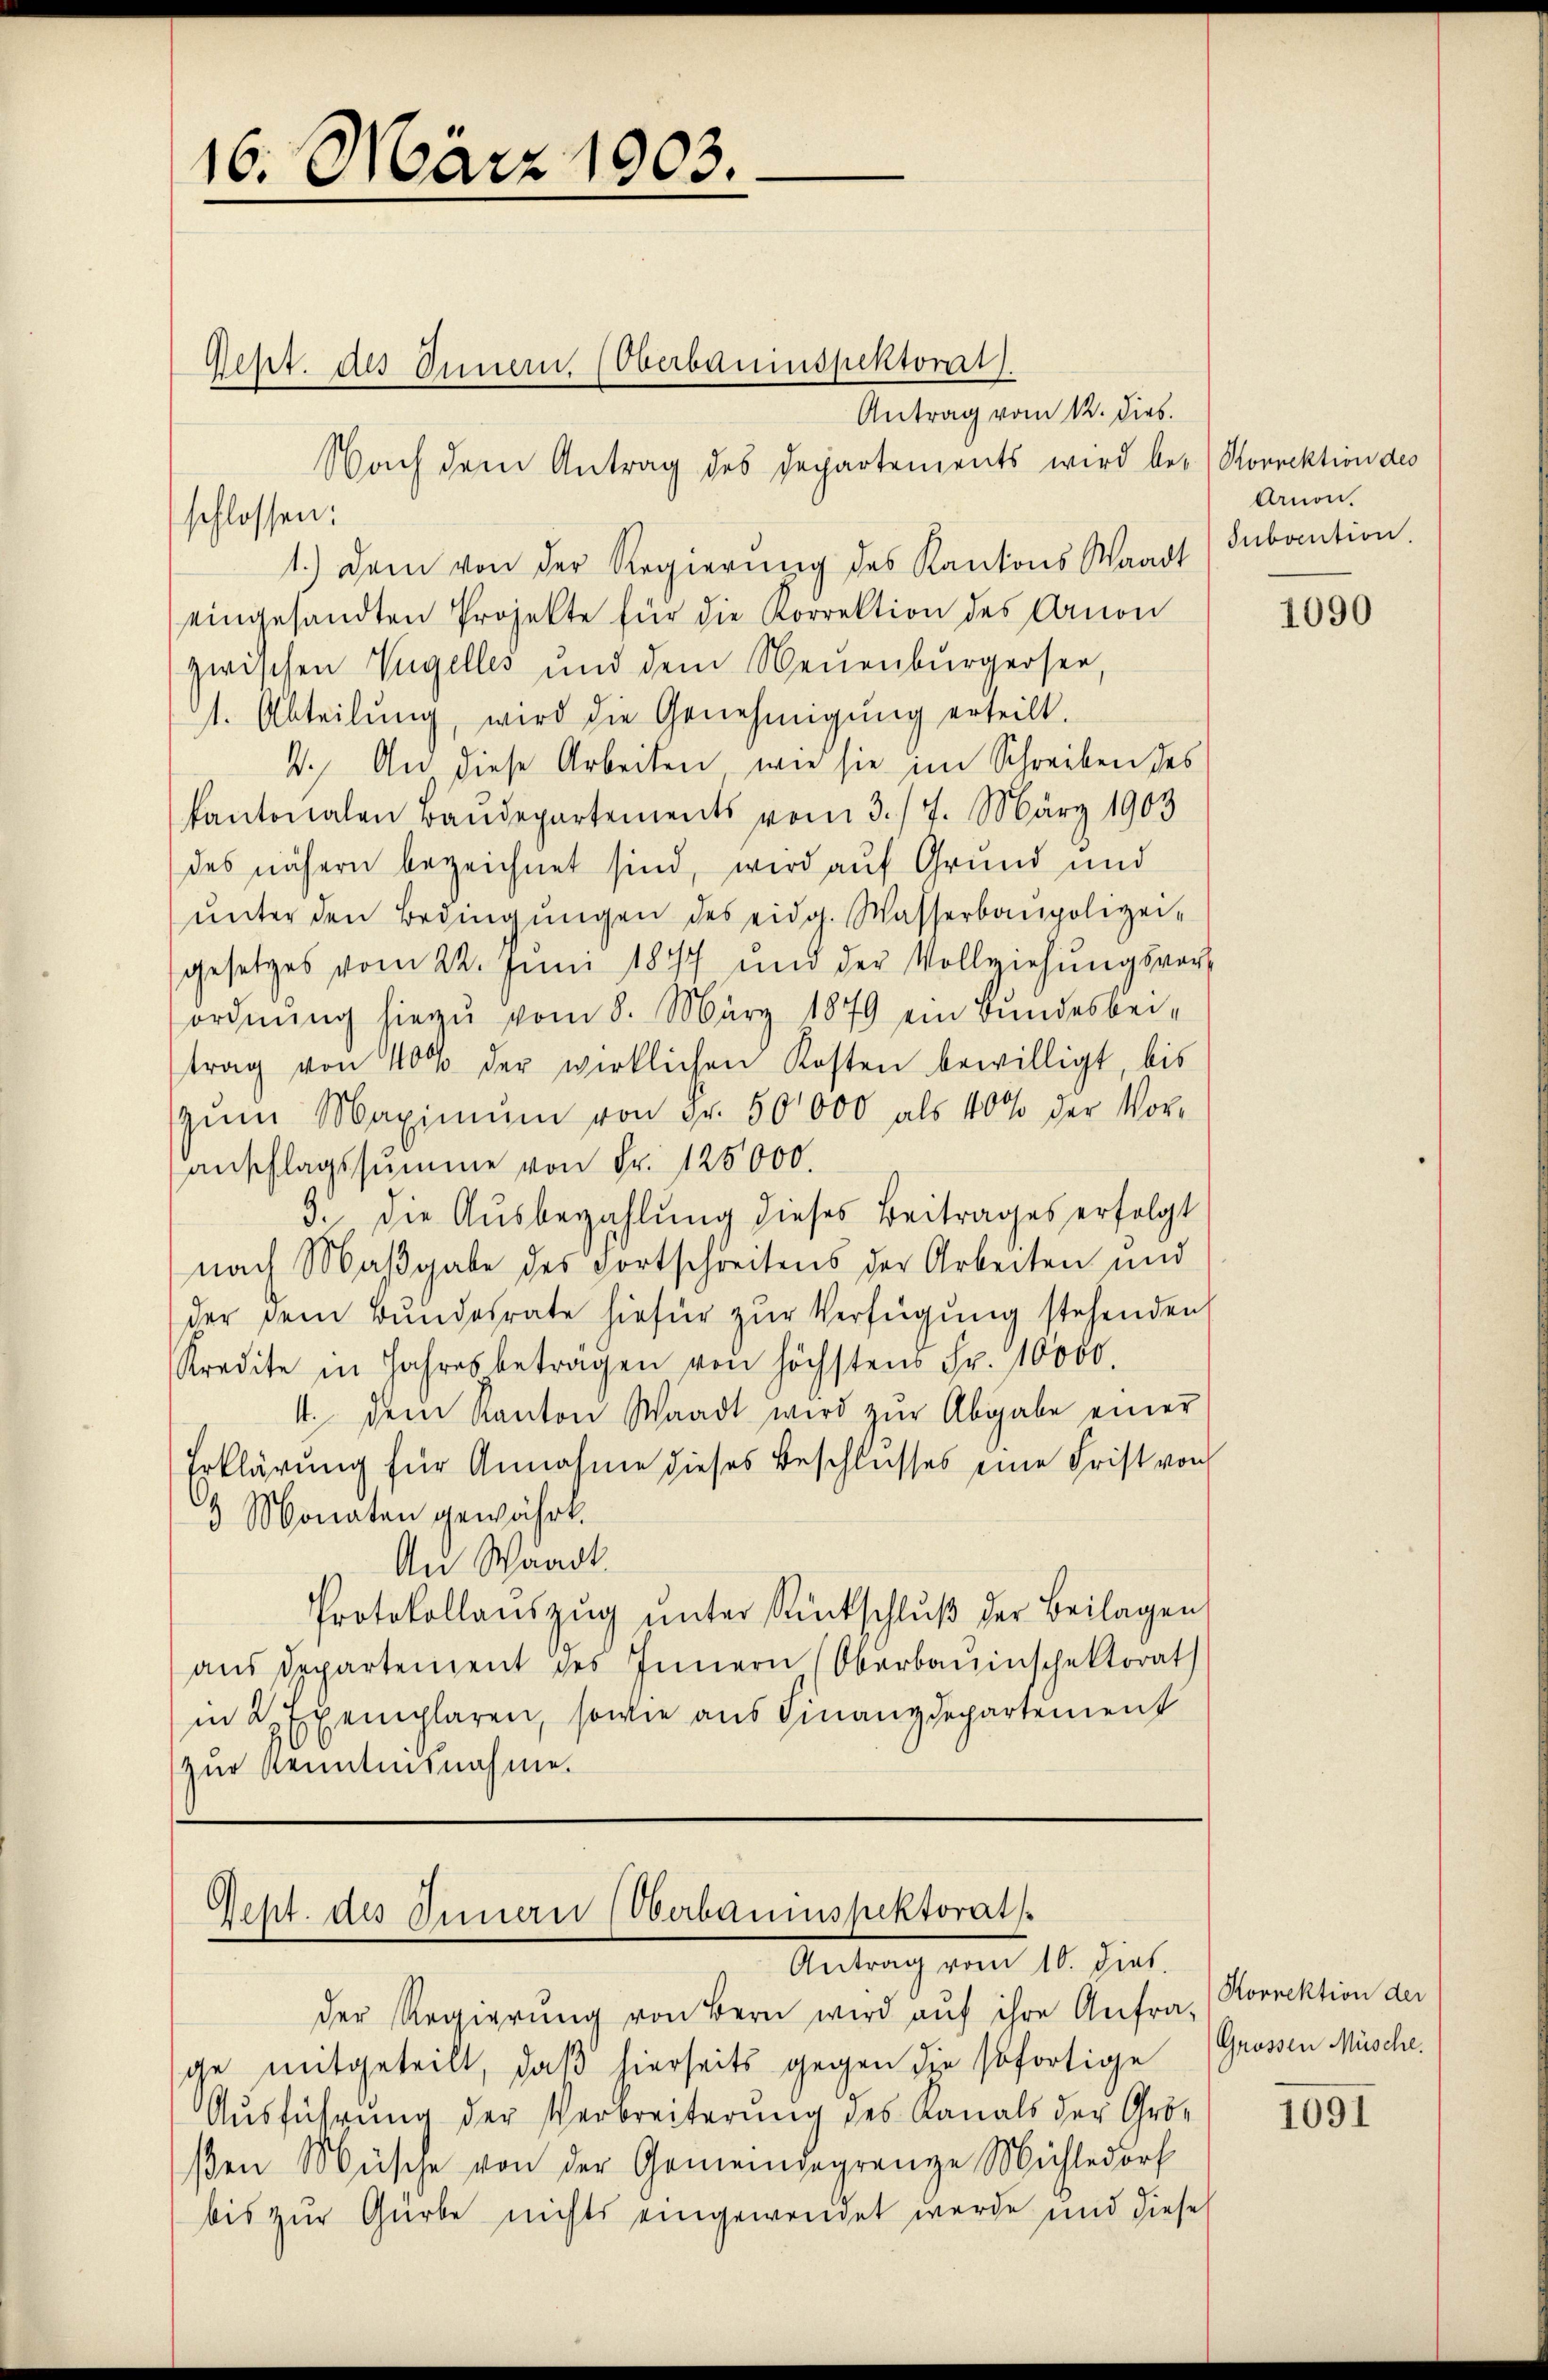
16. März 1903.

schlossen:

Antrag vom 12. dies.
Nach dem Antrag des Departements wird bei Korrektion des
1.) Dem von der Regierung des Kantons Waadt) Subaution
eingesandten Projekte für die Korrektion des Arnon
zwischen Vogelles und dem Neuenburgersee,
1. Abteilŭng, wird die Genehmigŭng erteilt.
4. An diese Arbeiten, wie sie im Schreiben des
kantonalen Baudepartements vom 3. /7. März 1903
des nähern bezeichnet sind, wird auf Grund und
ŭnter den Bedingŭngen des eidg. Wasserbaupolizei-
gesetzes vom 22. Juni 1847 und der Vollziehŭngsvorordnŭng hiezu vom 8. März 1879 ein Bundesbei-
trag von 40% der wirklichen Kosten bewilligt, bis
zŭm Maximŭm von Fr. 50000 als 400 der Vor-
anschlagssumme von Fr. 125000.
9. die Ausbezahlung dieses Beitrages erfolgt
nach Maβgabe des Fortschreitens der Arbeiten und
der dem Bŭndesrate hiefür zŭr Verfügung stehenden
Kredite in Jahres betragen von höchstens Fr. 10000.
4. dem Kanton Waadt wird zŭr Abgabe einer
Erklärung für Annahme dieses Beschlusses eine Frist von
3 Monaten gewährt.
An Waadt.
Protokollaŭszŭg ŭnter Rückschlŭβ der Beilagen
aŭs Departement des Innern (Oberbaŭinschektorat
in 2 Exemplaren, sowie aus Finanzdepartement
zur Kenntnisnahme.

Rept. des Innern. (Oberbauinspektorat

Sept. des Innern (Oberbauinspektorats
Antrag vom 10. dies

der Regierung von Bern wird aŭf ihre Anfra-
ge mitgeteilt, daß hierseits gegen die sofortige
Ausführung der Verbreiterung des Kanals der Grö-
ßen Müsche von der Gemeindegrenze Mühledorf
bis zur Garbe nichts eingewendet werde und diese

Arnon.

1090

Korrektion der
Grossen Müsche.

1091